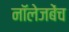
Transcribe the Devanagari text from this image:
नॉलेजबेंच